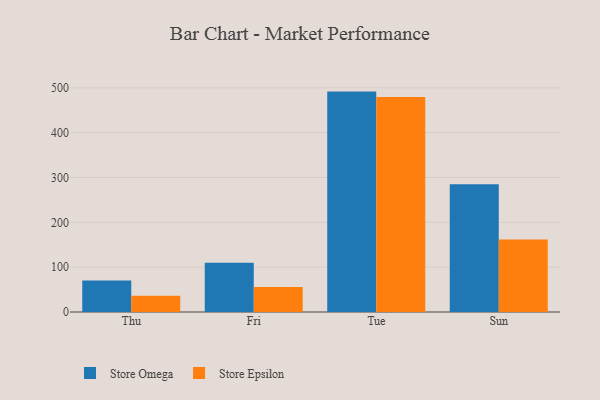
{"axis": {"x": "Day", "y": "Conversion Rate (%)"}, "legend": ["Store Epsilon", "Store Omega"], "data": [{"x": "Thu", "y": 70.5, "type": "Store Omega"}, {"x": "Thu", "y": 36.5, "type": "Store Epsilon"}, {"x": "Fri", "y": 109.8, "type": "Store Omega"}, {"x": "Fri", "y": 55.8, "type": "Store Epsilon"}, {"x": "Tue", "y": 491.6, "type": "Store Omega"}, {"x": "Tue", "y": 479.3, "type": "Store Epsilon"}, {"x": "Sun", "y": 284.9, "type": "Store Omega"}, {"x": "Sun", "y": 161.7, "type": "Store Epsilon"}]}